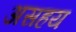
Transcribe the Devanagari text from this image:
असहय